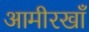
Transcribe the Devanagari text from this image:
आमीरखाँ